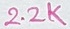
Text: 2.2K